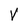
Character: V